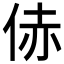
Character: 𪜻